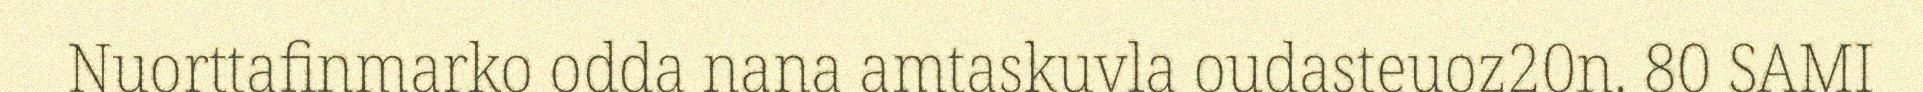
Nuorttafinmarko odda nana amtaskuvla oudasteuoz20n. 80 SAMI